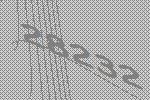
28232